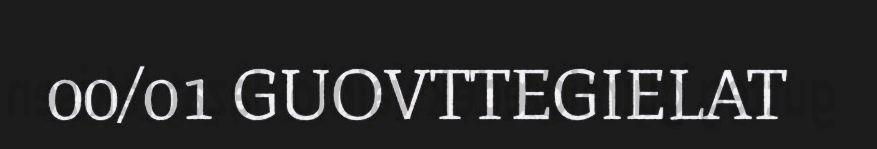
00/01 GUOVTTEGIELAT